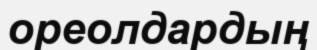
ореолдардың